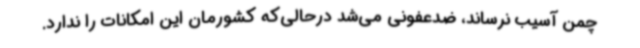
چمن آسیب نرساند، ضدعفونی می‌شد درحالی‌که کشورمان این امکانات را ندارد.